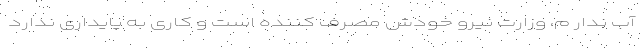
آب ندار م، وزارت نیرو خودش مصرف کننده است و کاری به پایداری ندارد